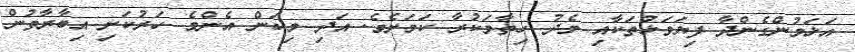
އަޅަމުންގެންދާ ފިޔަވަޅުތަކާއި މެދު ހިތާމަކުރާ ކަމަށެވެ. އަދި މިކަން އެންމެ ހަރުކަށި އިބާރާތުން